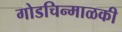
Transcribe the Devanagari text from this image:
गोडचिन्माळकी